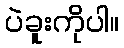
ပဲခူးကိုပါ။